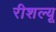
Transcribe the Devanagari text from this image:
रीशल्यू